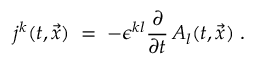
j ^ { k } ( t , { \vec { x } } ) \; = \; - \epsilon ^ { k l } \frac { \partial } { \partial t } \, A _ { l } ( t , { \vec { x } } ) \; .